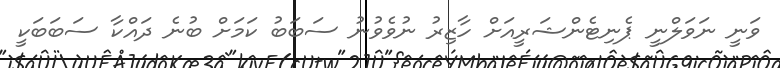
ވަނީ ނަވަލްނީ ޕެނިޓެންޝަރީއަށް ހާޒިރު ނުވެވުނު ސަބަބު ކަމަށް ބުނެ ދައްކާ ސަބަބަކީ